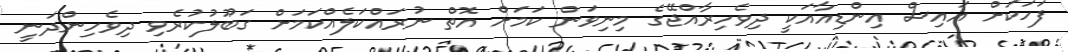
ފަހަކަށް އައިސް އިންޑިއާއަކީ ދިވެހިރާއްޖޭގެ މިނިވަން ކަމަށް އޮތް ނުރައްކަލެއްކަމަށް ގަބޫލުކުރެވި ދިވެހިންދަނީ